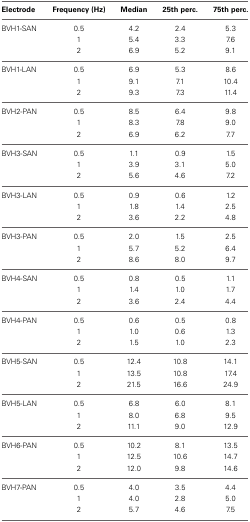
<table><thead><tr><td><b>Electrode</b></td><td><b>Frequency (Hz)</b></td><td><b>Median</b></td><td><b>25th perc.</b></td><td><b>75th perc.</b></td></tr></thead><tbody><tr><td>BVH1-SAN</td><td>0.5</td><td>4.2</td><td>2.4</td><td>5.3</td></tr><tr><td></td><td>1</td><td>5.4</td><td>3.3</td><td>7.6</td></tr><tr><td></td><td>2</td><td>6.9</td><td>5.2</td><td>9.1</td></tr><tr><td>BVH1-LAN</td><td>0.5</td><td>6.9</td><td>5.3</td><td>8.6</td></tr><tr><td></td><td>1</td><td>9.1</td><td>7.1</td><td>10.4</td></tr><tr><td></td><td>2</td><td>9.3</td><td>7.3</td><td>11.4</td></tr><tr><td>BVH2-PAN</td><td>0.5</td><td>8.5</td><td>6.4</td><td>9.8</td></tr><tr><td></td><td>1</td><td>8.3</td><td>7.8</td><td>9.0</td></tr><tr><td></td><td>2</td><td>6.9</td><td>6.2</td><td>7.7</td></tr><tr><td>BVH3-SAN</td><td>0.5</td><td>1.1</td><td>0.9</td><td>1.5</td></tr><tr><td></td><td>1</td><td>3.9</td><td>3.1</td><td>5.0</td></tr><tr><td></td><td>2</td><td>5.6</td><td>4.6</td><td>7.2</td></tr><tr><td>BVH3-LAN</td><td>0.5</td><td>0.9</td><td>0.6</td><td>1.2</td></tr><tr><td></td><td>1</td><td>1.8</td><td>1.4</td><td>2.5</td></tr><tr><td></td><td>2</td><td>3.6</td><td>2.2</td><td>4.8</td></tr><tr><td>BVH3-PAN</td><td>0.5</td><td>2.0</td><td>1.5</td><td>2.5</td></tr><tr><td></td><td>1</td><td>5.7</td><td>5.2</td><td>6.4</td></tr><tr><td></td><td>2</td><td>8.6</td><td>8.0</td><td>9.7</td></tr><tr><td>BVH4-SAN</td><td>0.5</td><td>0.8</td><td>0.5</td><td>1.1</td></tr><tr><td></td><td>1</td><td>1.4</td><td>1.0</td><td>1.7</td></tr><tr><td></td><td>2</td><td>3.6</td><td>2.4</td><td>4.4</td></tr><tr><td>BVH4-PAN</td><td>0.5</td><td>0.6</td><td>0.5</td><td>0.8</td></tr><tr><td></td><td>1</td><td>1.0</td><td>0.6</td><td>1.3</td></tr><tr><td></td><td>2</td><td>1.5</td><td>1.0</td><td>2.3</td></tr><tr><td>BVH5-SAN</td><td>0.5</td><td>12.4</td><td>10.8</td><td>14.1</td></tr><tr><td></td><td>1</td><td>13.5</td><td>10.8</td><td>17.4</td></tr><tr><td></td><td>2</td><td>21.5</td><td>16.6</td><td>24.9</td></tr><tr><td>BVH5-LAN</td><td>0.5</td><td>6.8</td><td>6.0</td><td>8.1</td></tr><tr><td></td><td>1</td><td>8.0</td><td>6.8</td><td>9.5</td></tr><tr><td></td><td>2</td><td>11.1</td><td>9.0</td><td>12.9</td></tr><tr><td>BVH6-PAN</td><td>0.5</td><td>10.2</td><td>8.1</td><td>13.5</td></tr><tr><td></td><td>1</td><td>12.5</td><td>10.6</td><td>14.7</td></tr><tr><td></td><td>2</td><td>12.0</td><td>9.8</td><td>14.6</td></tr><tr><td>BVH7-PAN</td><td>0.5</td><td>4.0</td><td>3.5</td><td>4.4</td></tr><tr><td></td><td>1</td><td>4.0</td><td>2.8</td><td>5.0</td></tr><tr><td></td><td>2</td><td>5.7</td><td>4.6</td><td>7.5</td></tr></tbody></table>